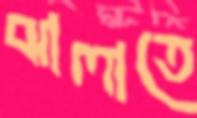
ঝালাতে